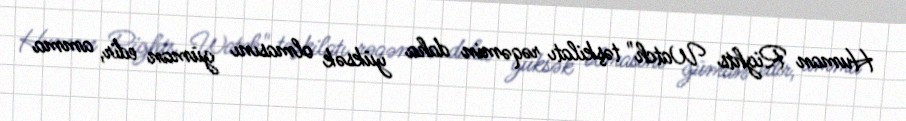
Human Rights Watch" təşkilatı rəqəmin daha yüksək olmasını güman edir, amma